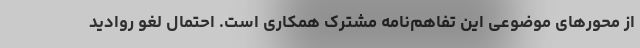
از محورهای موضوعی این تفاهم‌نامه مشترک همکاری است. احتمال لغو روادید